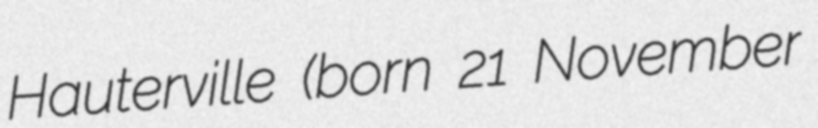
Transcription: Hauterville (born 21 November